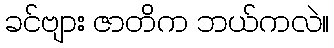
ခင်ဗျား ဇာတိက ဘယ်ကလဲ။